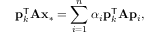
\mathbf { p } _ { k } ^ { \mathsf { T } } \mathbf { A } \mathbf { x } _ { * } = \sum _ { i = 1 } ^ { n } \alpha _ { i } \mathbf { p } _ { k } ^ { \mathsf { T } } \mathbf { A } \mathbf { p } _ { i } ,